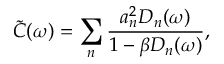
\widetilde { C } ( \omega ) = \sum _ { n } \frac { a _ { n } ^ { 2 } D _ { n } ( \omega ) } { 1 - \beta D _ { n } ( \omega ) } ,